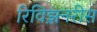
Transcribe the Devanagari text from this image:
रिविझ़नरीस